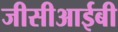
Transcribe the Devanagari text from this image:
जीसीआईबी